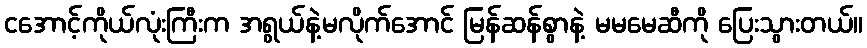
ငအောင့်ကိုယ်လုံးကြီးက အရွယ်နဲ့မလိုက်အောင် မြန်ဆန်စွာနဲ့ မမမေဆီကို ပြေးသွားတယ်။